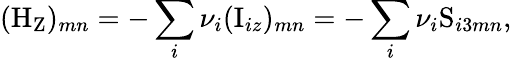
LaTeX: (\mathrm{H_{\mathrm{Z}}})_{mn}=-\sum_{i}\nu_{i}(\mathrm{I}_{iz})_{mn}=-\sum_{i}\nu_{i}\mathrm{S}_{i3mn},